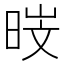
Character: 𮲣